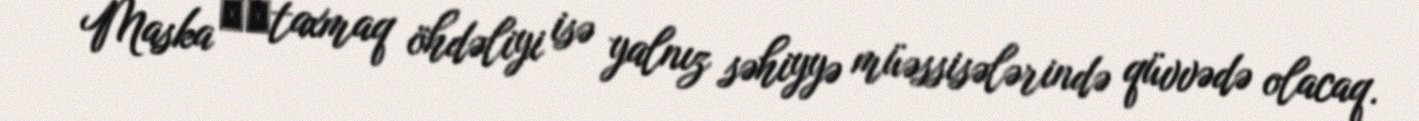
Maska ​​taxmaq öhdəliyi isə yalnız səhiyyə müəssisələrində qüvvədə olacaq.